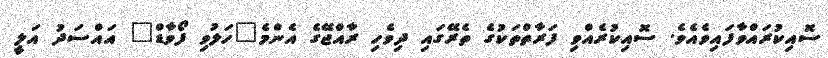
ސޮއިކުރައްވާފައިވެއެވެ. ސޮއިކުރެއްވި ފަރާތްތަކުގެ ތެރޭގައި ދިވެހި ރާއްޖޭގެ އެންމެ"ހަލުވި ފޯވާޑް" އައްސަދު އަލީ